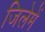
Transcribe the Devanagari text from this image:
जिलेमें